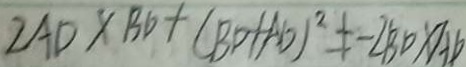
2 A D \times B D + ( B D + A D ) ^ { 2 } \neq - 2 B D \times A D